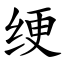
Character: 绠